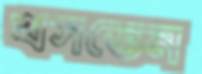
খসতেন